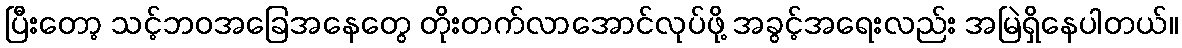
ပြီးတော့ သင့်ဘဝအခြေအနေတွေ တိုးတက်လာအောင်လုပ်ဖို့ အခွင့်အရေးလည်း အမြဲရှိနေပါတယ်။